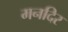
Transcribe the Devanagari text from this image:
मनदिर